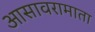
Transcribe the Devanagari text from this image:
आसावरामाता